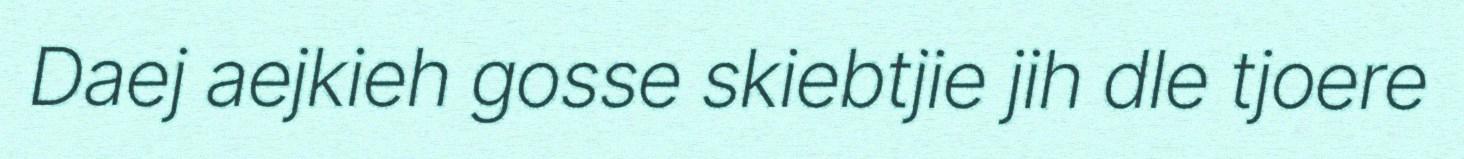
Daej aejkieh gosse skiebtjie jih dle tjoere